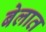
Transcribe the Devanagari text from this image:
बेलात